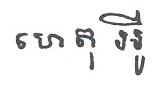
ហេតុ អ្វី